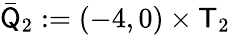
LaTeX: \bar{\mathsf Q}_{2}:=(-4,0)\times\mathsf T_{2}